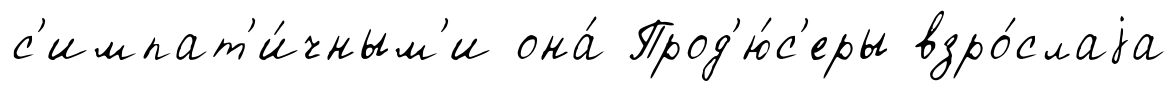
с'импат'и́чным'и она́ Прод'ю́с'еры взро́слаjа